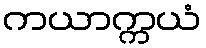
ကယာက္ကယံ